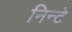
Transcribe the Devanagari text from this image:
निन्टे